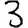
Digit: 3